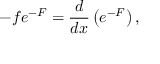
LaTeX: - f e ^ { - F } = { \frac { d } { d x } } \left( e ^ { - F } \right) ,